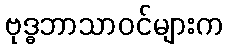
ဗုဒ္ဓဘာသာဝင်များက